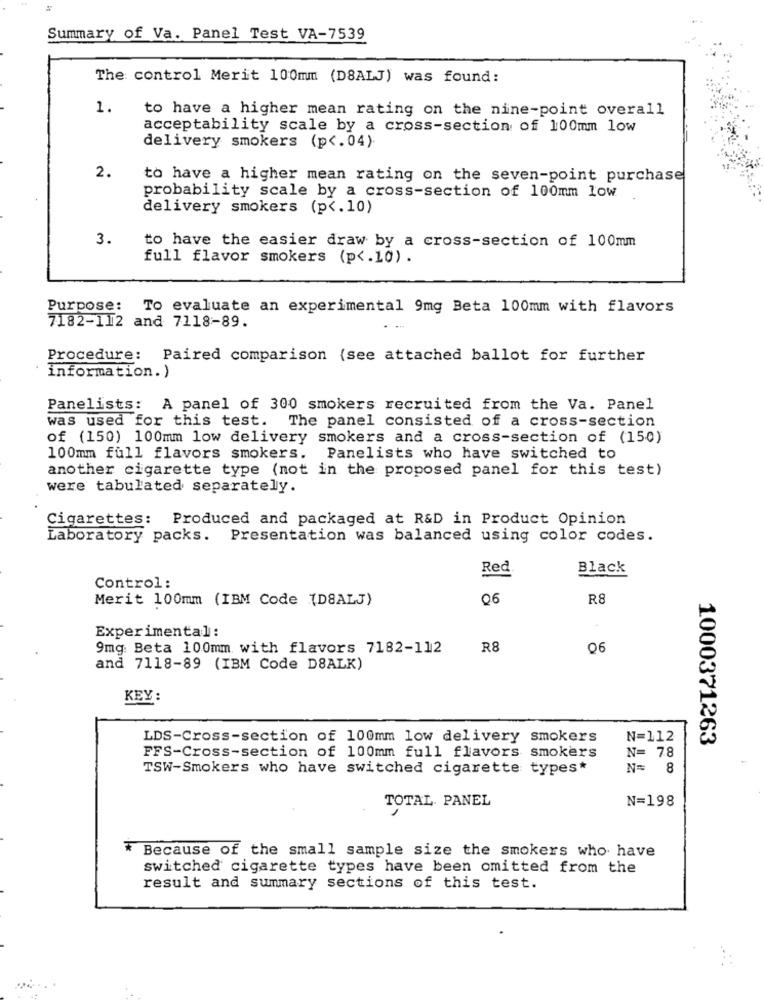
Summary of Va. Panel Test VA-7539
The control Merit 100mm (DBALJ) was found:
1.
to have a higher mean rating on the nine-point overall
acceptability scale by a cross-section of 100mm low
delivery smokers (p <. 04).
2.
to have a higher mean rating on the seven-point purchase
probability scale by a cross-section of 100mm low
delivery smokers (p <. 10)
3.
to have the easier draw by a cross-section of 100mm
full flavor smokers (p <. 10) .
Purpose:
To evaluate an experimental 9mg Beta 100mm with flavors
7182-112 and 7118-89.
Procedure: Paired comparison (see attached ballot for further
information.)
Panelists: A panel of 300 smokers recruited from the Va. Panel
was used for this test. The panel consisted of a cross-section
of (150) 100mm low delivery smokers and a cross-section of (150)
100mm full flavors smokers. Panelists who have switched to
another cigarette type (not in the proposed panel for this test)
were tabulated separately.
Cigarettes: Produced and packaged at R&D in Product Opinion
Laboratory packs. Presentation was balanced using color codes.
Red
Black
Control :
Merit 100mm (IBM Code (D8ALJ)
Q6
R8
Experimental:
9mg: Beta 100mm with flavors 7182-112
R8
06
and 7118-89 (IBM Code D8ALK)
KEY
LDS-Cross-section of 100mm low delivery smokers
N=112
1000371263
N= 78
FFS-Cross-section of 100mm full flavors smokers
TSW-Smokers who have switched cigarette types*
N= 8
N=198
TOTAL. PANEL
* Because of the small sample size the smokers who have
switched cigarette types have been omitted from the
result and summary sections of this test.